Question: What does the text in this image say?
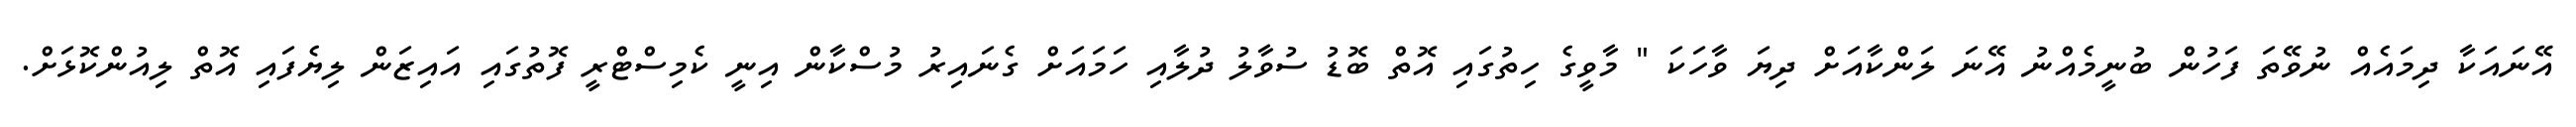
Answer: އޭނައަކާ ދިމައެއް ނުވޭތަ ފަހުން ބުނީމެއްނު އޭނަ ލަންކާއަށް ދިޔަ ވާހަކަ " މާވީގެ ހިތުގައި އޮތް ބޮޑު ސުވާލު ދުލާއި ހަމައަށް ގެނައިރު މުސްކާން އިނީ ކެމިސްޓްރީ ފޮތުގައި އައިޒަން ލިޔެފައި އޮތް ލިއުންކޮޅަށް.